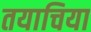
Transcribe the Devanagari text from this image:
तयाचिया